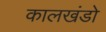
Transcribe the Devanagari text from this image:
कालखंडो